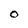
Character: O